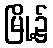
မြို့၌